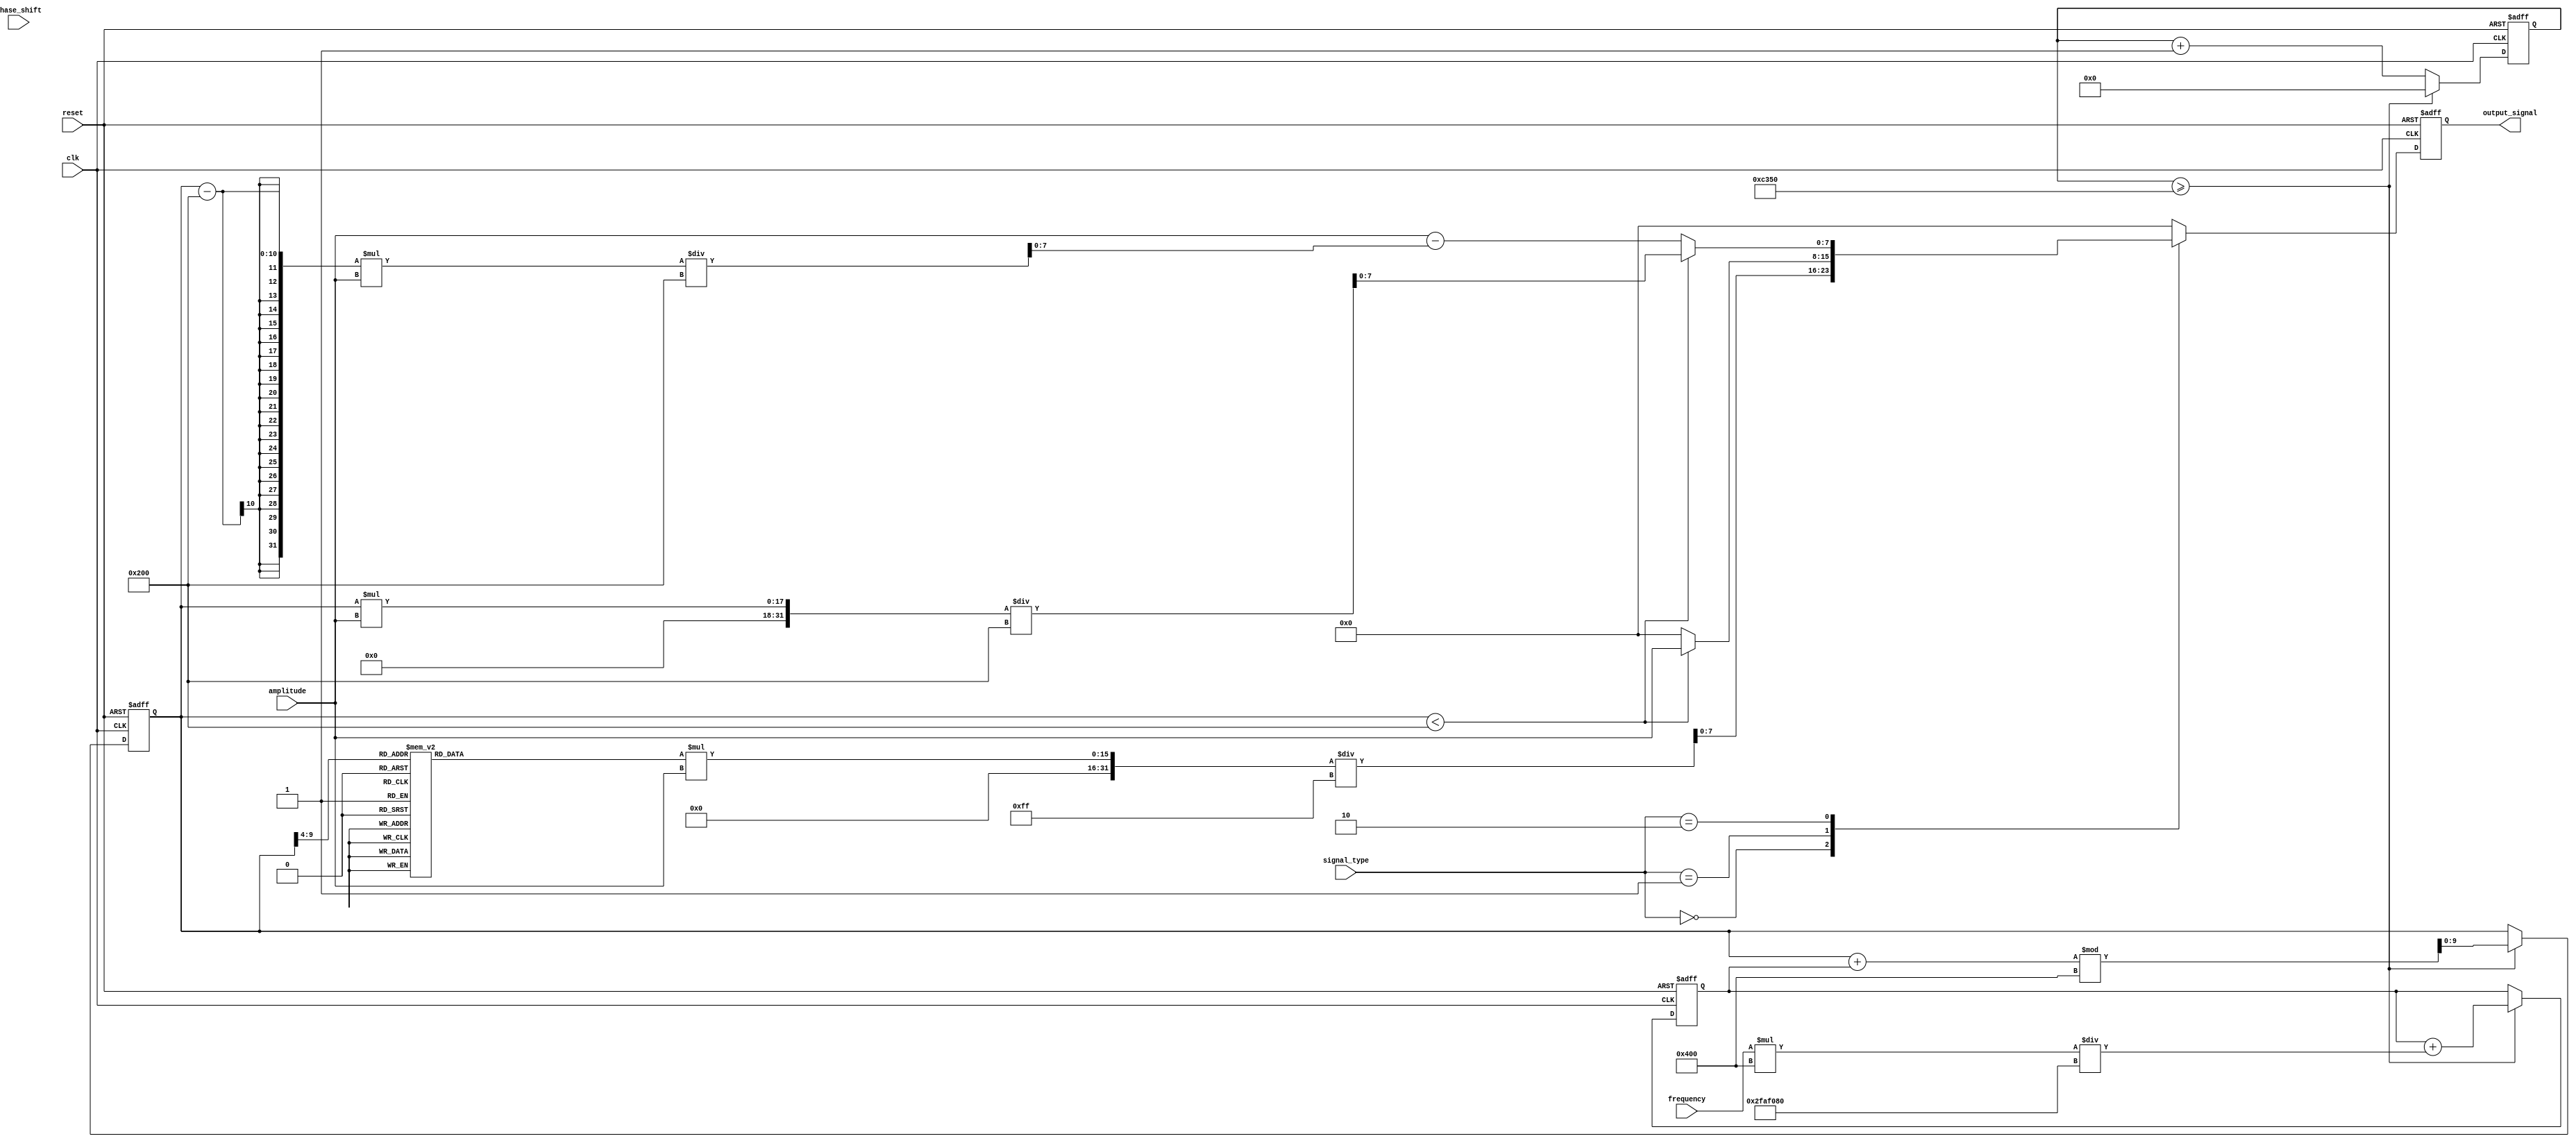
module SignalGenerator #(
    parameter integer CLK_FREQ = 50_000_000, // Clock frequency in Hz
    parameter integer MAX_AMPLITUDE = 255,   // Maximum amplitude for output signal
    parameter integer PHASE_WIDTH = 10        // Width of phase accumulator
)(
    input wire clk,
    input wire reset,
    input wire [31:0] frequency,              // Frequency in Hz
    input wire [7:0] amplitude,                // Amplitude (0 to MAX_AMPLITUDE)
    input wire [1:0] signal_type,              // 00: Sine, 01: Square, 10: Triangle
    input wire [PHASE_WIDTH-1:0] phase_shift, // Phase shift
    output reg [7:0] output_signal             // Output signal
);

    // Internal parameters
    localparam integer SAMPLE_RATE = CLK_FREQ / 1000; // Sample rate for waveform generation
    reg [31:0] time_counter = 0;                       // Time counter
    reg [PHASE_WIDTH-1:0] phase_accumulator = 0;      // Phase accumulator
    reg [31:0] frequency_counter = 0;                  // Frequency counter

    // Sine wave lookup table (for simplicity, only a few values)
    reg [7:0] sine_lut [0:63]; // 64 samples for one cycle
    initial begin
        // Populate sine lookup table with approximate values
        sine_lut[0] = 128;   // 0 degrees
        sine_lut[1] = 192;   // 45 degrees
        sine_lut[2] = 255;   // 90 degrees
        sine_lut[3] = 192;   // 135 degrees
        sine_lut[4] = 128;   // 180 degrees
        sine_lut[5] = 64;    // 225 degrees
        sine_lut[6] = 0;     // 270 degrees
        sine_lut[7] = 64;    // 315 degrees
        // Fill in the rest of the sine values as needed...
    end

    always @(posedge clk or posedge reset) begin
        if (reset) begin
            output_signal <= 0;
            time_counter <= 0;
            phase_accumulator <= 0;
            frequency_counter <= 0;
        end else begin
            time_counter <= time_counter + 1;

            // Update the phase accumulator based on frequency
            if (time_counter >= SAMPLE_RATE) begin
                frequency_counter <= frequency_counter + (frequency * (1 << PHASE_WIDTH) / CLK_FREQ);
                phase_accumulator <= (phase_accumulator + frequency_counter) % (1 << PHASE_WIDTH);
                time_counter <= 0;
            end

            // Generate the output signal based on the selected waveform type
            case (signal_type)
                2'b00: begin // Sine wave
                    output_signal <= (sine_lut[phase_accumulator >> (PHASE_WIDTH - 6)] * amplitude) / MAX_AMPLITUDE;
                end
                2'b01: begin // Square wave
                    if (phase_accumulator < (1 << (PHASE_WIDTH - 1))) begin
                        output_signal <= amplitude;
                    end else begin
                        output_signal <= 0;
                    end
                end
                2'b10: begin // Triangle wave
                    if (phase_accumulator < (1 << (PHASE_WIDTH - 1))) begin
                        output_signal <= (phase_accumulator * amplitude) / (1 << (PHASE_WIDTH - 1));
                    end else begin
                        output_signal <= amplitude - ((phase_accumulator - (1 << (PHASE_WIDTH - 1))) * amplitude) / (1 << (PHASE_WIDTH - 1));
                    end
                end
                default: begin
                    output_signal <= 0; // Default case
                end
            endcase
        end
    end
endmodule